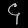
Digit: ၄